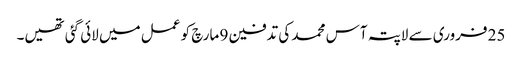
25 فروری سے لاپتہ آس محمد کی تدفین 9 مارچ کو عمل میں لائی گئی تھیں۔